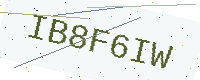
Text: IB8F6IW